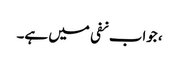
، جواب نفی میں ہے۔